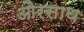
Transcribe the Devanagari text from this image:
औरसाथ